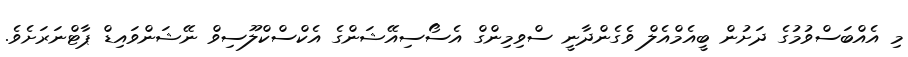
މި އެއްބަސްވުމުގެ ދަށުން ބީއެމްއެލް ވެގެންދާނީ ސްވިމިންގް އެސޯސިއޭޝަންގެ އެކްސްކްލޫސިވް ނޭޝަންވައިޑް ޕާޓްނަރަށެވެ.